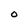
Character: 0